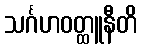
သင်္ဂဟဝတ္ထူနီတိ